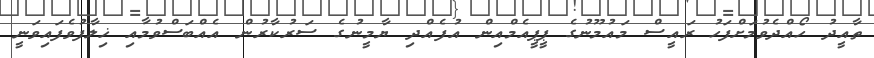
ތާއީދު ހޯއްދެވުމަށްފަހު ރައީސް މައުމޫނުގެ ޕީޕީއެމްއިން އުފެއްދި ޔާމީނުގެ ސަރުކާރުން އެއްބަސްވުމާއި ޚިލާފުވެފައިވަނީ